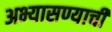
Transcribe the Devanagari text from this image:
अभ्यासण्याची